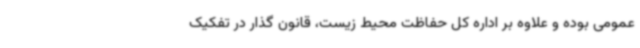
عمومی بوده و علاوه بر اداره کل حفاظت محیط زیست، قانون گذار در تفکیک